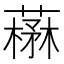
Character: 𦼪